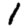
Digit: 1